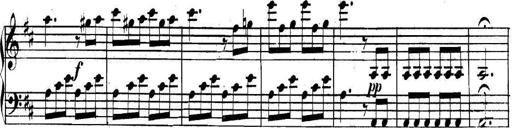
Title: Collected Piano Sonatas
Composer: Muzio Clementi